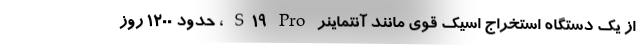
از یک دستگاه استخراج اسیک قوی مانند آنتماینر S19 Pro ، حدود 1200 روز